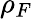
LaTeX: \rho_{F}